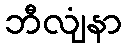
ဘီလျံနာ